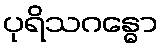
ပုရိသဂန္ဓော